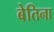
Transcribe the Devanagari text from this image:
बेतिना